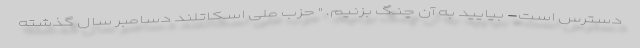
دسترس است- بیایید به آن چنگ بزنیم. " حزب ملی اسکاتلند دسامبر سال گذشته